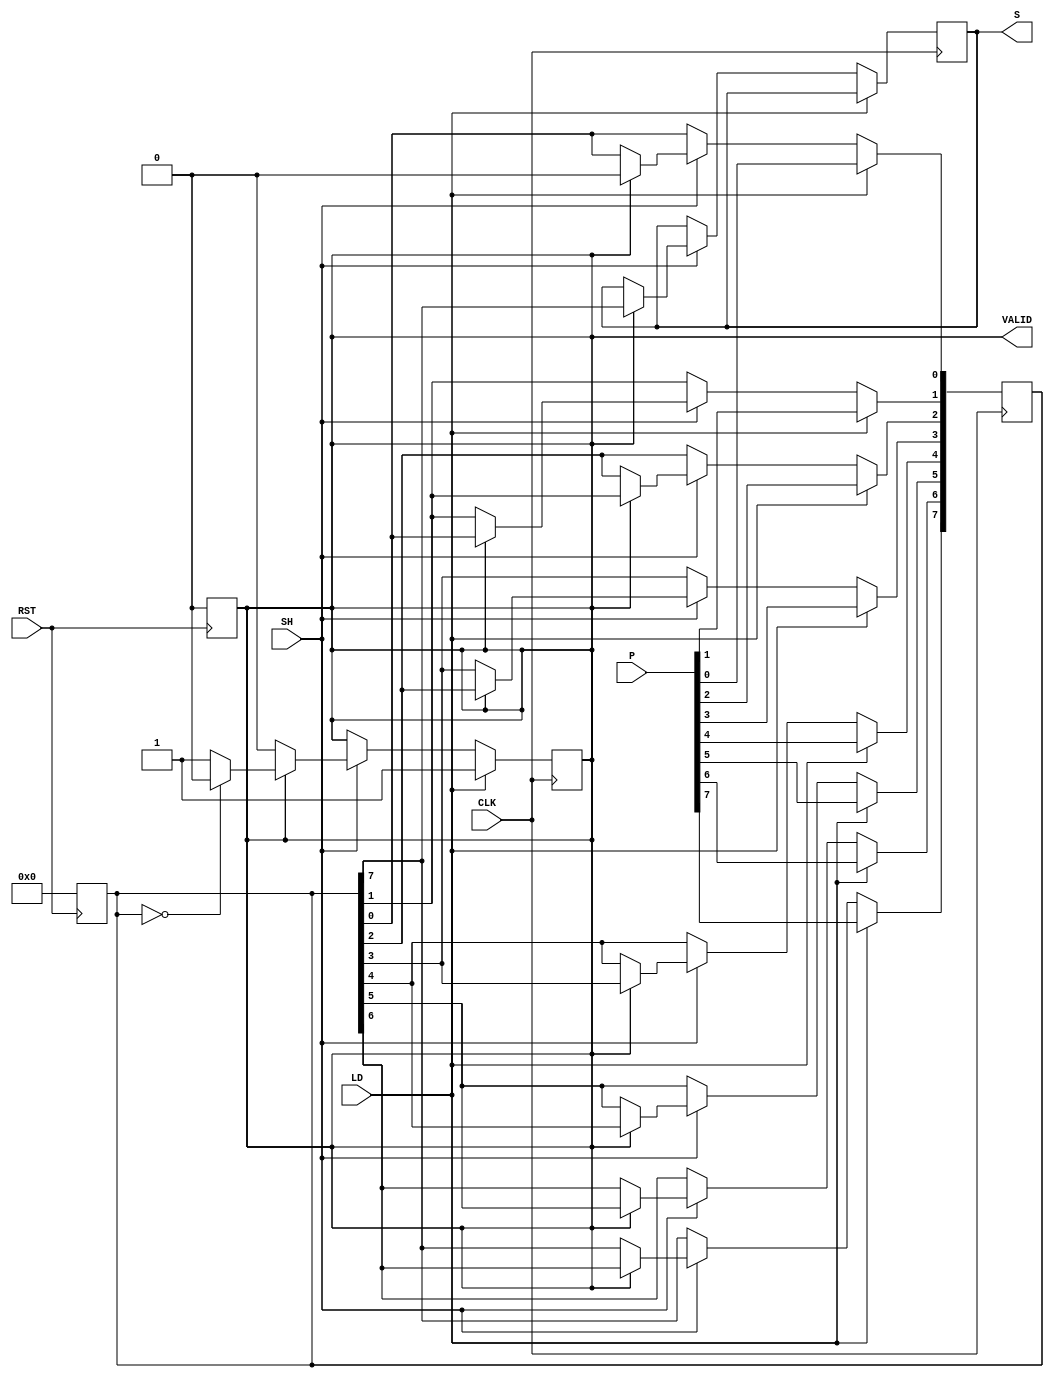
module dynamic_piso_register #(
    parameter N = 8 // Width of the register (number of bits)
)(
    input wire [N-1:0] P,        // Parallel input
    input wire LD,                // Load control signal
    input wire SH,                // Shift control signal
    input wire CLK,               // Clock signal
    input wire RST,               // Asynchronous reset signal
    output reg S,                 // Serial output
    output reg VALID              // Valid output signal
);

    reg [N-1:0] register;         // Internal storage for the PISO register
    integer i;                    // Loop variable

    // Asynchronous reset
    always @(posedge RST) begin
        register <= {N{1'b0}};     // Clear the register
        VALID <= 1'b0;             // Reset valid signal
    end

    // Loading data into the register
    always @(posedge CLK) begin
        if (LD) begin
            register <= P;          // Load parallel input into register
            VALID <= 1'b1;          // Indicate valid data is loaded
        end
        else if (SH) begin
            if (VALID) begin
                S <= register[N-1]; // Output the MSB
                // Shift data to the right
                for (i = N-1; i > 0; i = i - 1) begin
                    register[i] <= register[i-1];
                end
                register[0] <= 1'b0; // Optionally clear the LSB after shifting
                // Check if all bits have been shifted out
                if (register == {N{1'b0}}) begin
                    VALID <= 1'b0;     // Reset valid signal when done
                end
            end
        end
    end

endmodule